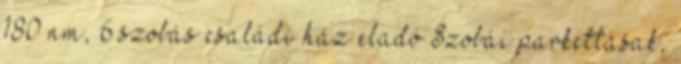
180 nm, 6 szobás családi ház eladó Szobái parkettásak,